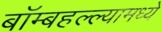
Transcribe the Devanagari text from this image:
बॉम्बहल्ल्यामध्ये